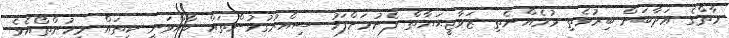
މާތްގެ ޢަޛާބަށް ބިރުވެތި ވުމެއްނެތި ޒަވާޖީޙަޔާތް ފެށުމަށްފަހު ސިއްރުގުޅުންތައް ބާއްވަނީ ކިތައް މީހުންތޯއެވެ